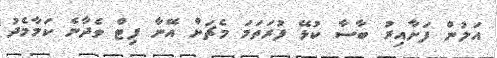
އަލުން ފަށާއިރު ބާސާ ކުޅޭ ފުރަތަމަ މެޗަށް އޭނާ ފިޓް ވެދާނެ ކަމާމެދު